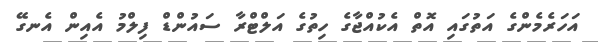
އަހަރެމެންގެ އަތުގައި އޮތް އެކުއްޖާގެ ހިތުގެ އަލްޓްރާ ސައުންޑް ފިލްމު އެއިން އެނގޭ